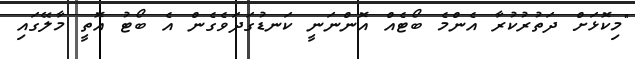
"މިކޮޅަށް ދަތުރުކުރާ އެންމެ ބޯޓެއް އޮންނަނީ ކަނޑުގަދަވެގެން އެ ބޯޓު އޮތީ މާލޭގައި